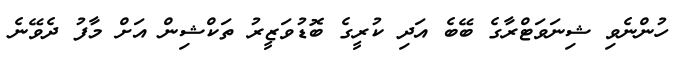
ހުންނެވި ޝިނަވަޓްރާގެ ބޭބެ އަދި ކުރީގެ ބޮޑުވަޒީރު ތަކްޝިން އަށް މާފު ދެވޭނެ